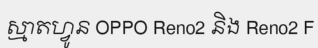
ស្មាតហ្វូន OPPO Reno2 និង Reno2 F